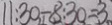
1 1 . 3 0 - 8 . 3 0 = 3